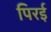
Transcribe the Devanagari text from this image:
पिरई